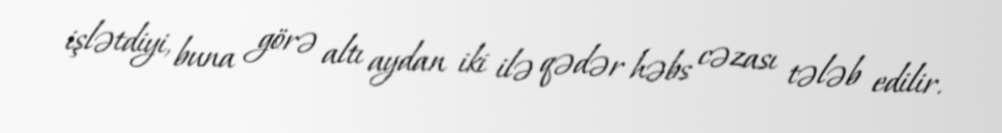
işlətdiyi, buna görə altı aydan iki ilə qədər həbs cəzası tələb edilir.